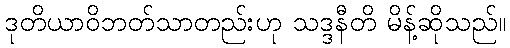
ဒုတိယာဝိဘတ်သာတည်းဟု သဒ္ဒနီတိ မိန့်ဆိုသည်။